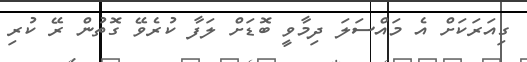
ގިއަރަކަށް އެ މައްސަލަ ދިމާވީ ބޮޑަށް ލަފާ ކުރެވޭ ގޮތުން ރޭ ކުރި